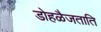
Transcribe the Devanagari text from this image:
डोहळैजताति